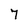
Character: 7